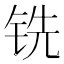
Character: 铣